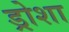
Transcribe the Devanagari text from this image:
ड्रोशा